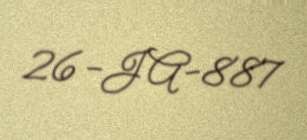
26-JA-887